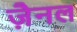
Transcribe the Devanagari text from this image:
ज़ैनल